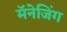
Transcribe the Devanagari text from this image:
मॅनेजिंग